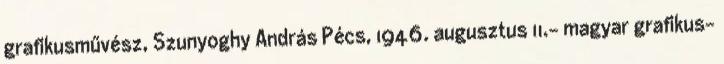
grafikusművész, Szunyoghy András Pécs, 1946. augusztus 11.– magyar grafikus-